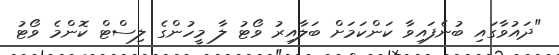
"ދައުވާގައި ބުނެފައިވާ ކަންކަމަށް ބަލާއިރު ވޯޓު ލާ މީހުންގެ ލިސްޓް ކޮންމެ ވޯޓު